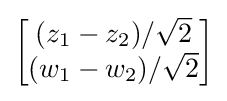
{\textstyle {\begin{bmatrix}(z_{1}-z_{2})/{\sqrt {2}}\\(w_{1}-w_{2})/{\sqrt {2}}\end{bmatrix}}}